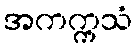
အကက္ကသံ